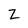
Character: z